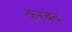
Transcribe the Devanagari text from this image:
करबेव